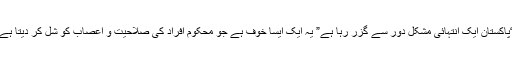
“پاکستان ایک انتہائی مشکل دور سے گزر رہا ہے” یہ ایک ایسا خوف ہے جو محکوم افراد کی صلاحیت و اعصاب کو شل کر دیتا ہے۔